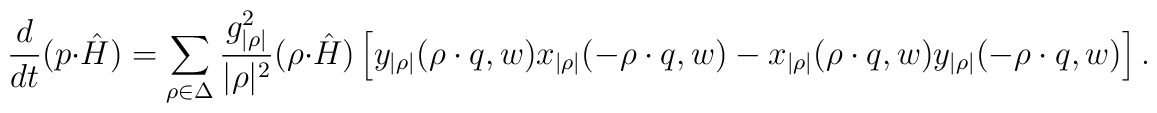
{d\over dt}(p\cdot\hat{H})= \sum_{\rho\in\Delta}{g_{|\rho|}^{2}\over   |\rho|^{2}}(\rho\cdot\hat{H})\left[y_{|\rho|}(\rho\cdot q,w)   x_{|\rho|}(-\rho\cdot q,w)-x_{|\rho|}(\rho\cdot q,w)y_{|\rho|}   (-\rho\cdot q,w)\right].